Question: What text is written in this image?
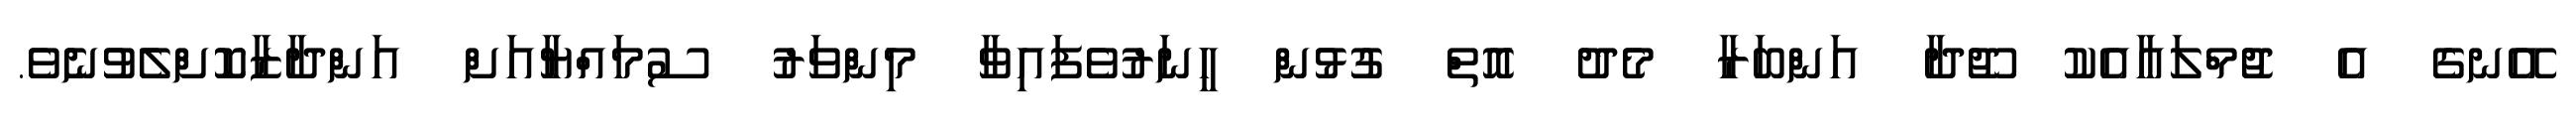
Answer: އޭނގެ އެ ޖުމްލައާއެކު ޖޫދާ އަންބަރާ މެދު އޮތް ގުޅުން ހީނަރުވެފައިވާ މިންވަރު ސުމައްޔާއަށް އަންދާޒާކޮށްލެވުނެވެ.